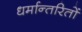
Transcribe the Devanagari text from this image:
धर्मान्तरितों